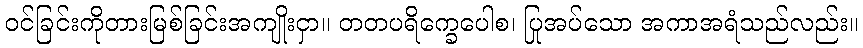
ဝင်ခြင်းကိုတားမြစ်ခြင်းအကျိုးငှာ။ တတပရိက္ခေပေါစ၊ ပြုအပ်သော အကာအရံသည်လည်း။